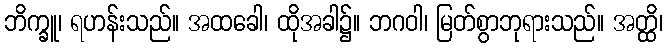
ဘိက္ခူ၊ ရဟန်းသည်။ အထခေါ၊ ထိုအခါ၌။ ဘဂဝါ၊ မြတ်စွာဘုရားသည်။ အတ္ထိ၊